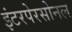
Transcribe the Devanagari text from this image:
इंटरपेरसोनल